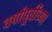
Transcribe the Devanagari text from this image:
वर्षांपू्र्वीच्या